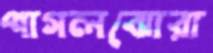
পাগলঝোরা